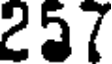
257